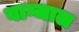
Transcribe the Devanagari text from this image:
वाग्जाल